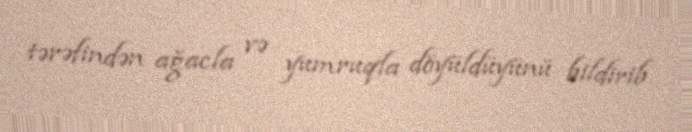
tərəfindən ağacla və yumruqla döyüldüyünü bildirib.